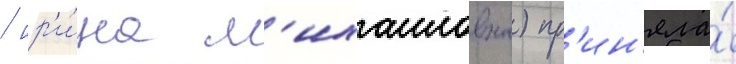
/ ир'и́на м'ихаиловна) пр'ин'яла́